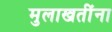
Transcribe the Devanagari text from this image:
मुलाखतींना